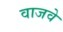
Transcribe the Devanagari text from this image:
वाजवे